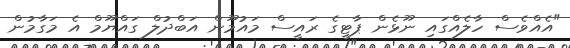
"އެއްވެސް ހާލެއްގައި ނޫޅެން ޕާޓީގެ ރައީސް މައުމޫން އަބްދުލް ގައްޔޫމް އެ މަގާމުން